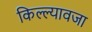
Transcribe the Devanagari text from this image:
किल्ल्यावजा